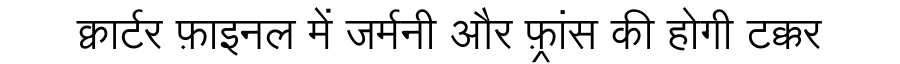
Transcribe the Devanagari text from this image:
क्वार्टर फ़ाइनल में जर्मनी और फ़्रांस की होगी टक्कर